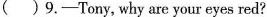
( ) 9.- Tony,why are your eyes red?